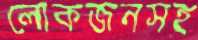
লোকজনসহ